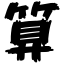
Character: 算